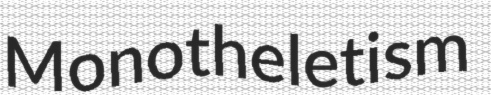
Monotheletism